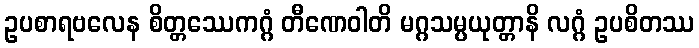
ဥပစာရဗလေန စိတ္တဿေကဂ္ဂံ တီဏေဝါတိ မဂ္ဂသမ္ပယုတ္တာနိ လဂ္ဂံ ဥပစိတဿ